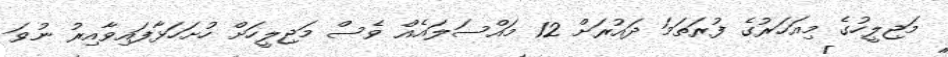
މަޖިލީހުގެ މިއަހަރުގެ ފުރަތަމަ ދައުރަށް 12 މައްސަލައެއް ވެސް މަޖިލީހަށް ހުށަހަޅާފައިވާއިރު ނުވަ